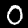
Digit: 0